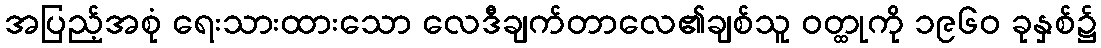
အပြည့်အစုံ ရေးသားထားသော လေဒီချက်တာလေ၏ချစ်သူ ဝတ္ထုကို ၁၉၆၀ ခုနှစ်၌